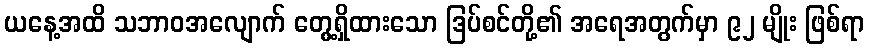
ယနေ့အထိ သဘာဝအလျောက် တွေ့ရှိထားသော ဒြပ်စင်တို့၏ အရေအတွက်မှာ ၉၂ မျိုး ဖြစ်ရာ